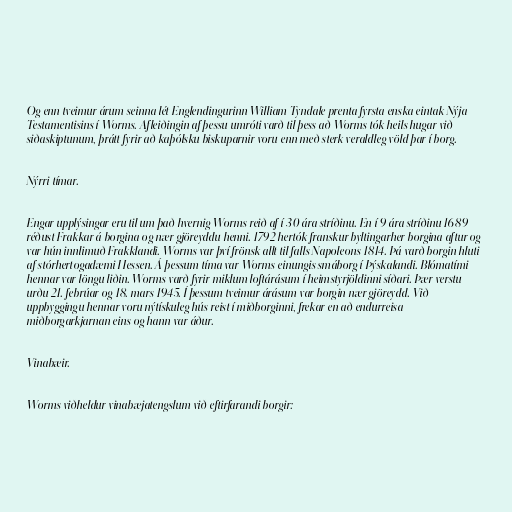
Og enn tveimur árum seinna lét Englendingurinn William Tyndale prenta fyrsta enska eintak Nýja
Testamentisins í Worms. Afleiðingin af þessu umróti varð til þess að Worms tók heils hugar við
siðaskiptunum, þrátt fyrir að kaþólsku biskuparnir voru enn með sterk veraldleg völd þar í borg.

Nýrri tímar.

Engar upplýsingar eru til um það hvernig Worms reið af í 30 ára stríðinu. En í 9 ára stríðinu 1689
réðust Frakkar á borgina og nær gjöreyddu henni. 1792 hertók franskur byltingarher borgina aftur og
var hún innlimuð Frakklandi. Worms var því frönsk allt til falls Napoleons 1814. Þá varð borgin hluti
af stórhertogadæmi Hessen. Á þessum tíma var Worms einungis smáborg í Þýskalandi. Blómatími
hennar var löngu liðin. Worms varð fyrir miklum loftárásum í heimstyrjöldinni síðari. Þær verstu
urðu 21. febrúar og 18. mars 1945. Í þessum tveimur árásum var borgin nær gjöreydd. Við
uppbyggingu hennar voru nýtískuleg hús reist í miðborginni, frekar en að endurreisa
miðborgarkjarnan eins og hann var áður.

Vinabæir.

Worms viðheldur vinabæjatengslum við eftirfarandi borgir: